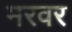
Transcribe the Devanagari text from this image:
मरवर